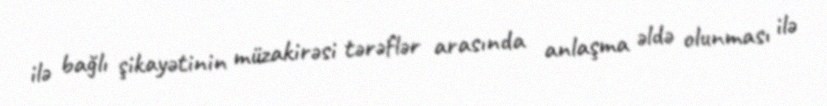
ilə bağlı şikayətinin müzakirəsi tərəflər arasında anlaşma əldə olunması ilə